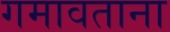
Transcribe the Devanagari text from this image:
गमावताना